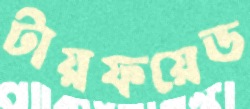
টায়ফয়েড